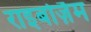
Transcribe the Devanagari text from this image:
राइबोज़ैम